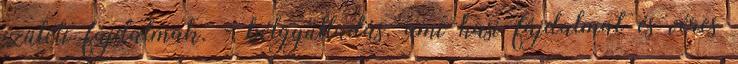
ízületi fájdalmak. - bélgyulladás, ami hasi fájdalmat és véres